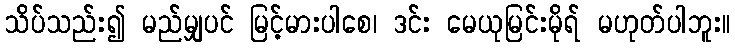
သိပ်သည်း၍ မည်မျှပင် မြင့်မားပါစေ၊ ဒင်း မေယုမြင်းမိုရ် မဟုတ်ပါဘူး။